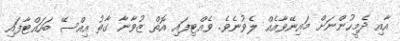
އާއި ދެމީހުންނަށް މައިނޭވާއެއް ލެވުނެވެ. ވެއްޓިފައި އޮތް ޒުވާނާ ގާތު އިއްސޭ ބަހައްޓާފައި